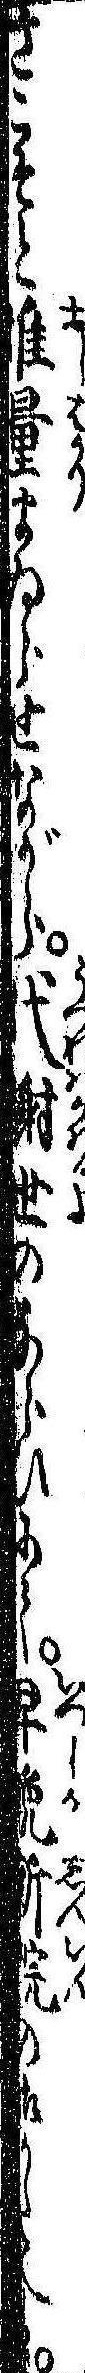
さこそと推量まゐらせながら代謝世のならひにて早晩新院の御かたへは